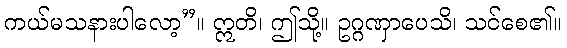
ကယ်မသနားပါလော့”။ ဣတိ၊ ဤသို့။ ဥဂ္ဂဏှာပေသိ၊ သင်စေ၏။